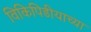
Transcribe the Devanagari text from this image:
विकिपिडीयाच्या